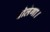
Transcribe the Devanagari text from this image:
बोलेगा।